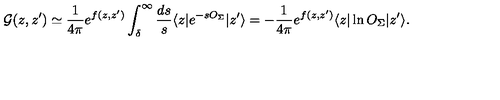
{ \cal G } ( z , z ^ { \prime } ) \simeq { \frac { 1 } { 4 \pi } } e ^ { f ( z , z ^ { \prime } ) } \int _ { \delta } ^ { \infty } { \frac { d s } { s } } \langle z | e ^ { - s O _ { \Sigma } } | z ^ { \prime } \rangle = - { \frac { 1 } { 4 \pi } } e ^ { f ( z , z ^ { \prime } ) } \langle z | \ln O _ { \Sigma } | z ^ { \prime } \rangle .